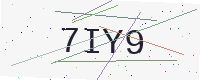
Text: 7IY9